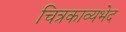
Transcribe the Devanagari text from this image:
चित्रकाव्यभेद